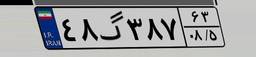
۱۷گ۸۳۵۰۰